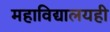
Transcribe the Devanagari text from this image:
महाविद्यालयही